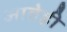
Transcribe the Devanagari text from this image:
आतेही